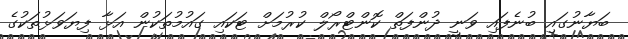
ބަޔާނުގައި ބުނެފައި ވަނީ ދުންފަތް ކޮންޓްރޯލް ކުރުމަށް ޓަކައި ގައުމުތަކުން އަޅާ ފިޔަވަޅުތަކުގެ